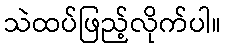
သဲထပ်ဖြည့်လိုက်ပါ။